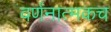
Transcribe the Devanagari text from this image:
वर्णनात्मकच